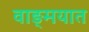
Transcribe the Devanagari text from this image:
वाङ्‍मयात